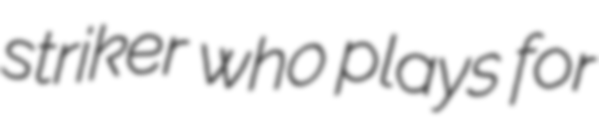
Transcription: striker who plays for